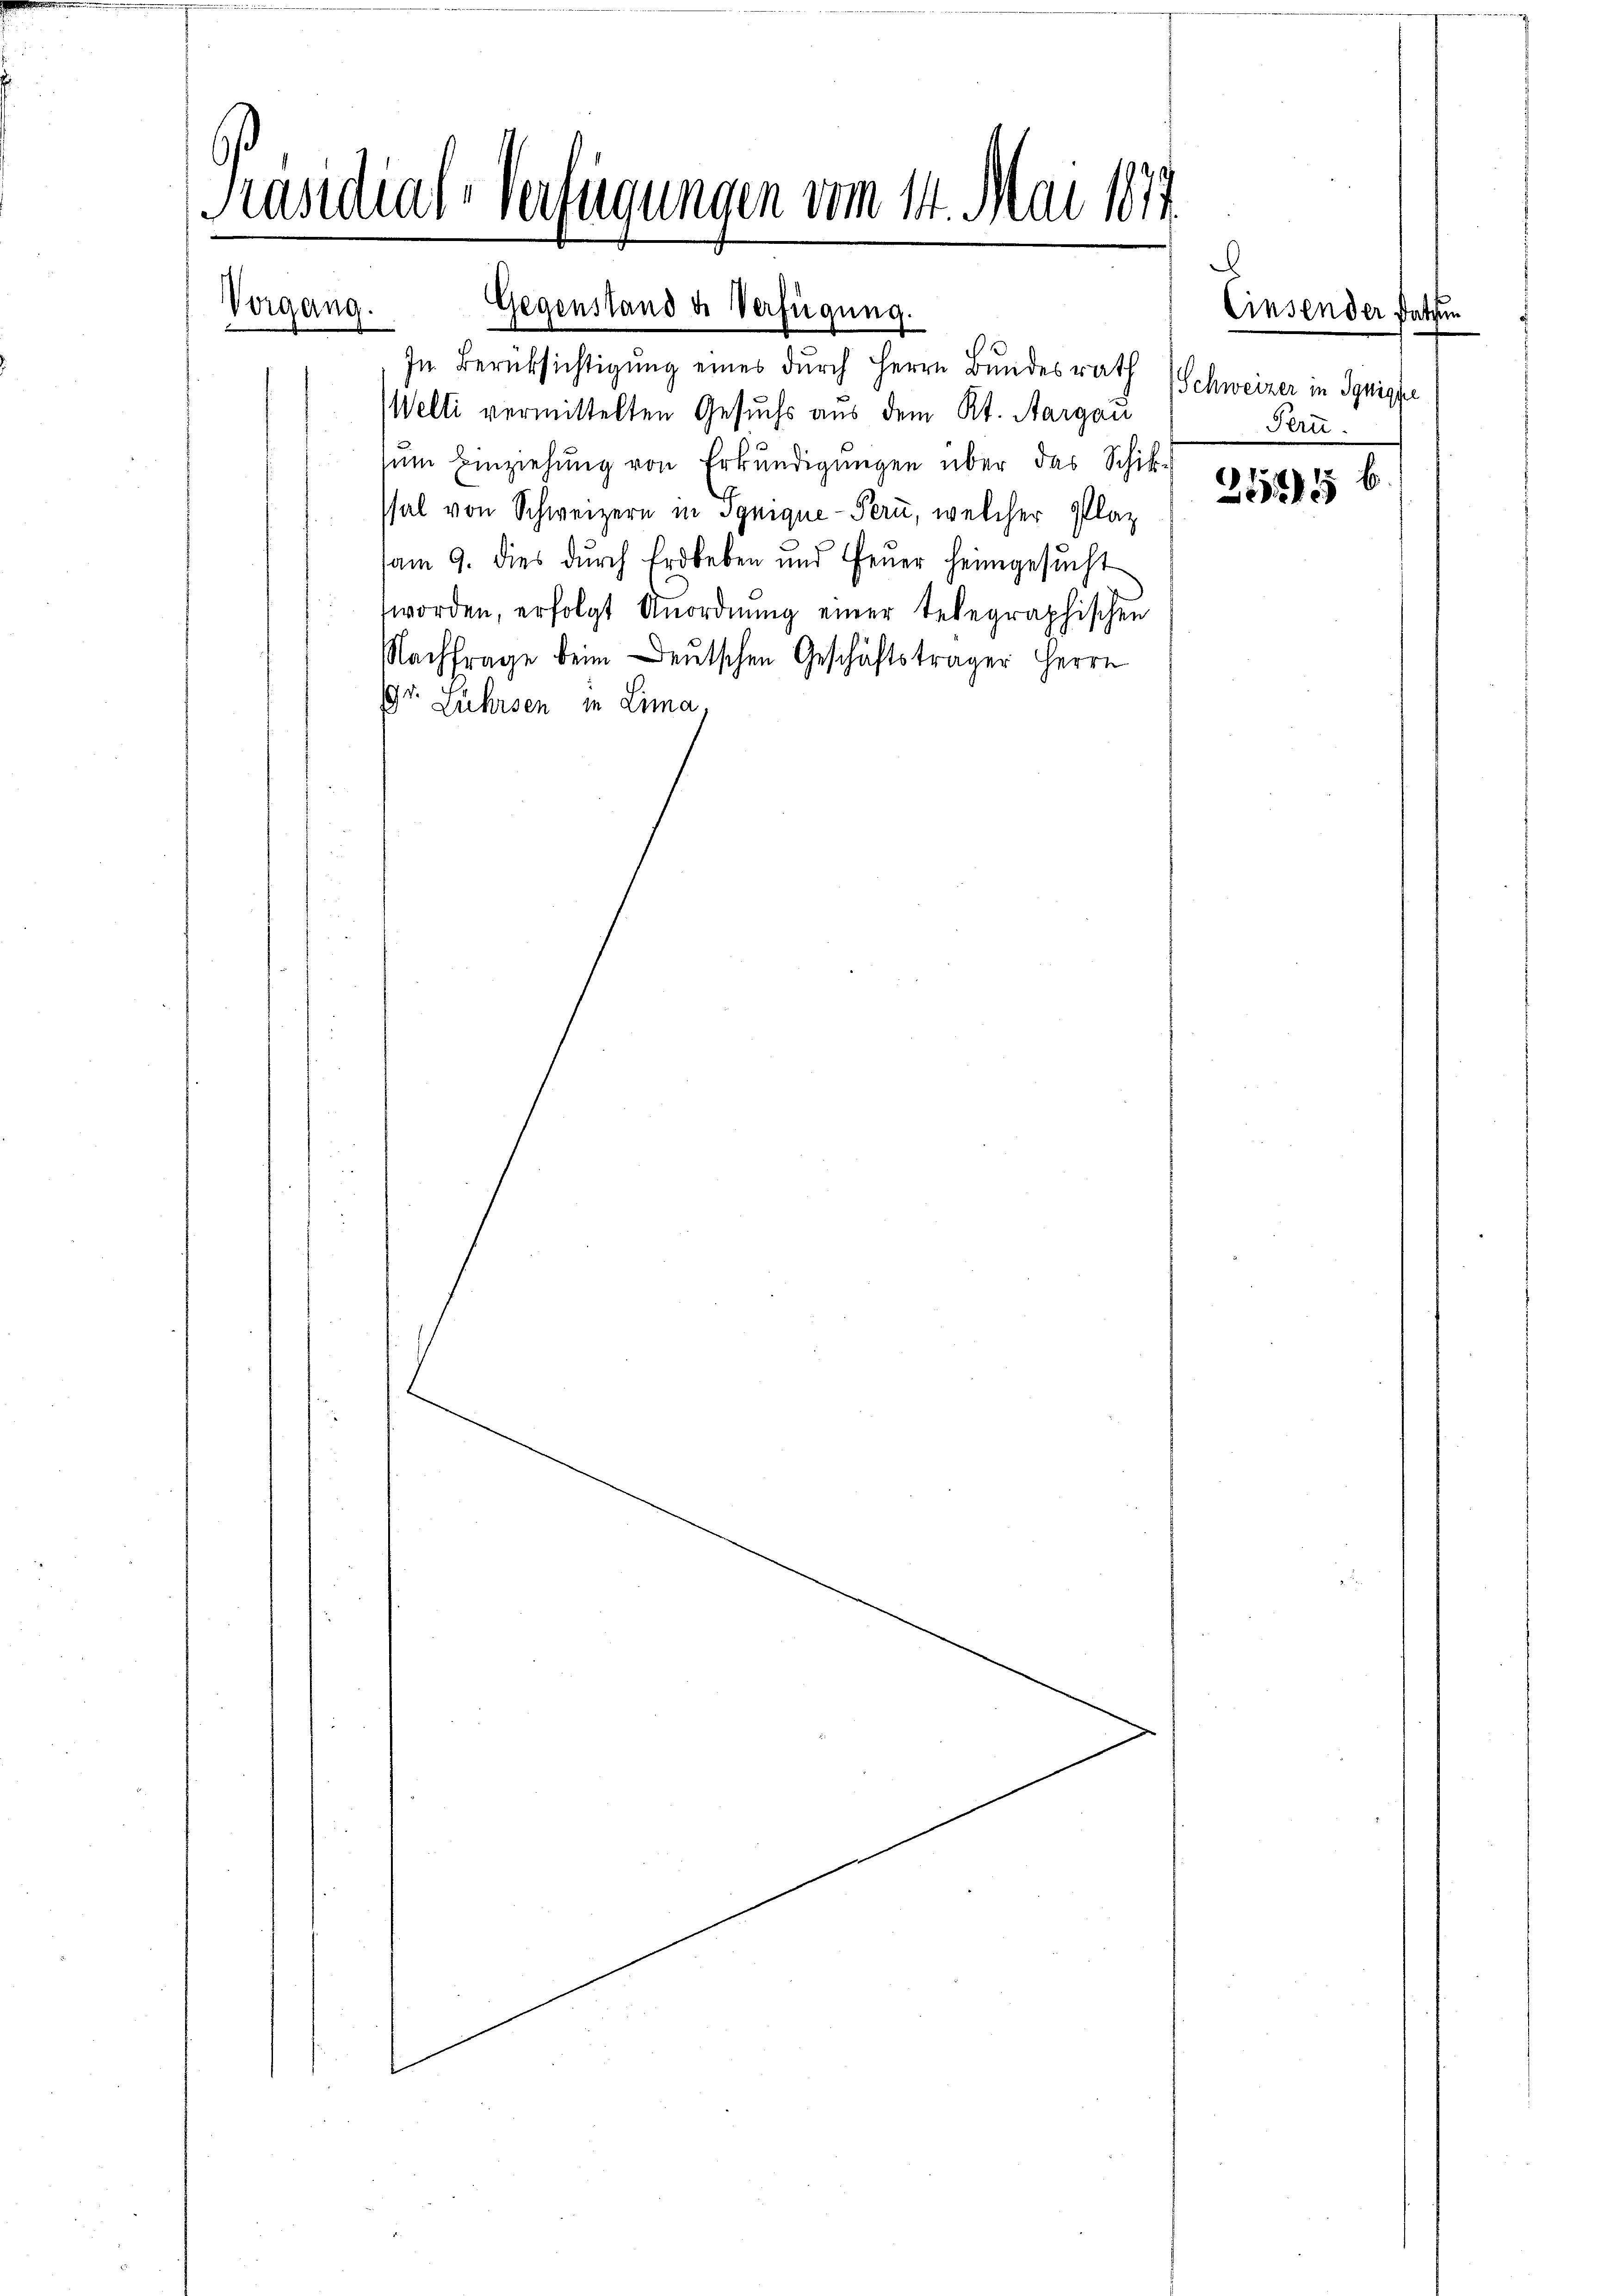
Vorgang.

Präsidial-Verfügungen vom 14. Mai 1874

In Berüksichtigŭng eines durch Herrn Bundesrath Schweizer in Synighe
Welti vermittelten Gesuchs aus dem Kt. Aargau
sum Einziehung von Erkundigungen über das Schikssal von Schweizern in Synique-Pern, welcher Platz
am 9. dies dŭrch Erdbeben und Feŭer heimgesŭcht
worden, erfolgt Anordnung einer telegraphischen
Nachfrage beim Deutschen Geschäftsträger Herrn
.
Zührsen in Lima,

Gegenstand der Verfügung.

d
Pern.

21545 b

Einsender Rathen